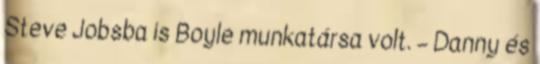
Steve Jobsba is Boyle munkatársa volt. – Danny és